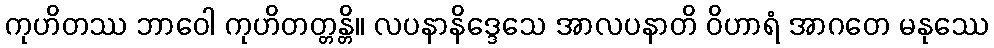
ကုဟိတဿ ဘာဝေါ ကုဟိတတ္တန္တိ။ လပနာနိဒ္ဒေသေ အာလပနာတိ ဝိဟာရံ အာဂတေ မနုဿေ